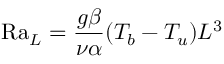
\mathrm { R a } _ { L } = { \frac { g \beta } { \nu \alpha } } ( T _ { b } - T _ { u } ) L ^ { 3 }